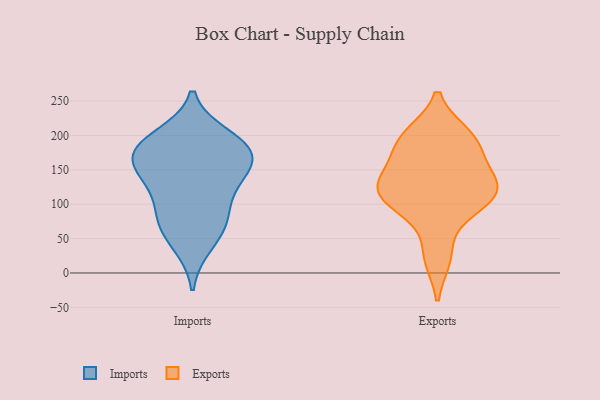
{"axis": {"x": "Demand Index", "y": "Value"}, "legend": ["Exports", "Imports"], "data": [{"x": "", "y": 41, "type": "Imports"}, {"x": "", "y": 183, "type": "Imports"}, {"x": "", "y": 84, "type": "Imports"}, {"x": "", "y": 82, "type": "Imports"}, {"x": "", "y": 198, "type": "Imports"}, {"x": "", "y": 184, "type": "Imports"}, {"x": "", "y": 170, "type": "Imports"}, {"x": "", "y": 136, "type": "Imports"}, {"x": "", "y": 153, "type": "Imports"}, {"x": "", "y": 184, "type": "Imports"}, {"x": "", "y": 65, "type": "Imports"}, {"x": "", "y": 122, "type": "Imports"}, {"x": "", "y": 153, "type": "Imports"}, {"x": "", "y": 132, "type": "Exports"}, {"x": "", "y": 89, "type": "Exports"}, {"x": "", "y": 23, "type": "Exports"}, {"x": "", "y": 111, "type": "Exports"}, {"x": "", "y": 193, "type": "Exports"}, {"x": "", "y": 108, "type": "Exports"}, {"x": "", "y": 136, "type": "Exports"}, {"x": "", "y": 158, "type": "Exports"}, {"x": "", "y": 196, "type": "Exports"}, {"x": "", "y": 190, "type": "Exports"}, {"x": "", "y": 200, "type": "Exports"}, {"x": "", "y": 192, "type": "Exports"}, {"x": "", "y": 110, "type": "Exports"}, {"x": "", "y": 119, "type": "Exports"}, {"x": "", "y": 106, "type": "Exports"}, {"x": "", "y": 145, "type": "Exports"}, {"x": "", "y": 26, "type": "Exports"}, {"x": "", "y": 124, "type": "Exports"}]}